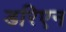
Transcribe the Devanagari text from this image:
डरिएन